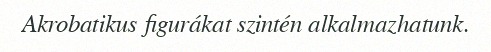
Akrobatikus figurákat szintén alkalmazhatunk.